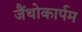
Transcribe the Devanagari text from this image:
जैंथोकार्पम